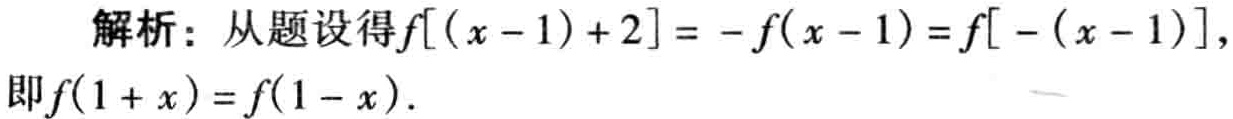
解析：从题设得\(f[(x - 1) + 2] = - f(x - 1) = f[ - (x - 1)]\)，

即\(f(1 + x) = f(1 - x)\)．